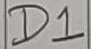
Text: D1